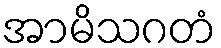
အာမိသဂတံ